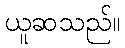
ယူဆသည်။